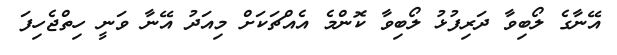
އޭނާގެ ލޯބިވާ ދަރިފުޅު ލޯބިވާ ކޮންމެ އެއްޗަކަށް މިއަދު އޭނާ ވަނީ ހިތްޖެހިފަ